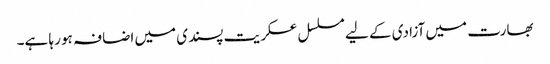
بھارت میں آزادی کے لیے مسلسل عسکریت پسندی میں اضافہ ہو رہا ہے۔